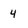
Character: 4